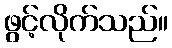
ဖွင့်လိုက်သည်။